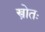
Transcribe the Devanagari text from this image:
स्त्रोतः